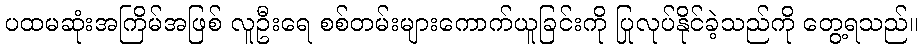
ပထမဆုံးအကြိမ်အဖြစ် လူဦးရေ စစ်တမ်းများကောက်ယူခြင်းကို ပြုလုပ်နိုင်ခဲ့သည်ကို တွေ့ရသည်။